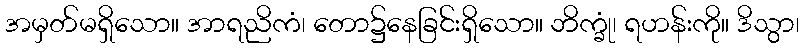
အမှတ်မရှိသော။ အာရညိကံ၊ တော၌နေခြင်းရှိသော။ ဘိက္ခုံ၊ ရဟန်းကို။ ဒိသွာ၊